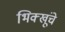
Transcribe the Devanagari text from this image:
भिक्खूंचे